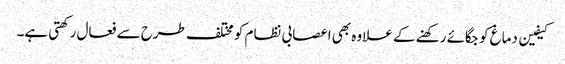
کیفین دماغ کو جگائے رکھنے کے علاوہ بھی اعصابی نظام کو مختلف طرح سے فعال رکھتی ہے۔